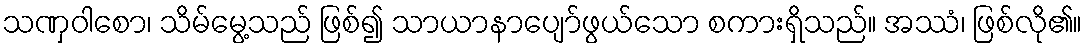
သဏှဝါစော၊ သိမ်မွေ့သည် ဖြစ်၍ သာယာနာပျော်ဖွယ်သော စကားရှိသည်။ အဿံ၊ ဖြစ်လို၏။